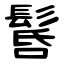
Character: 䯺